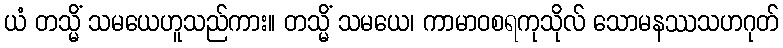
ယံ တသ္မိံ သမယေဟူသည်ကား။ တသ္မိံ သမယေ၊ ကာမာဝစရကုသိုလ် သောမနဿသဟဂုတ်